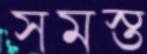
সমস্ত